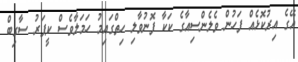
އޭގެ އިރުކޮޅެއް ފަހުން ވެލެންސިއާގެ ކަކާ ފޮނުވާލި ހިތްގައިމު ހަމަލާވެސް ކީޕަރު ސާގިބް